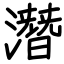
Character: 潛